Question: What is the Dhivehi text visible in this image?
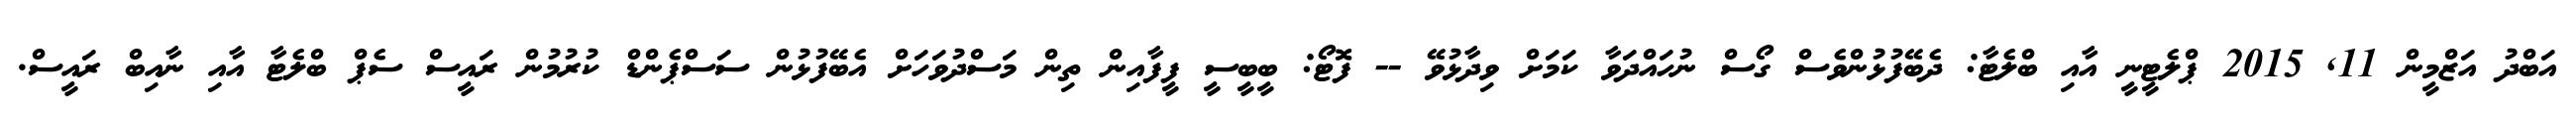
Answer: އަބްދު އަޒްމީން 11, 2015 ޕްލެޓީނީ އާއި ބްލެޓާ: ދެބޭފުޅުންވެސް ގޯސް ނުހައްދަވާ ކަމަށް ވިދާޅުވޭ -- ފޮޓޯ: ބީބީސީ ފީފާއިން ތިން މަސްދުވަހަށް އެބޭފުޅުން ސަސްޕެންޑް ކުރުމުން ރައީސް ސެޕް ބްލެޓާ އާއި ނާއިބް ރައީސް.